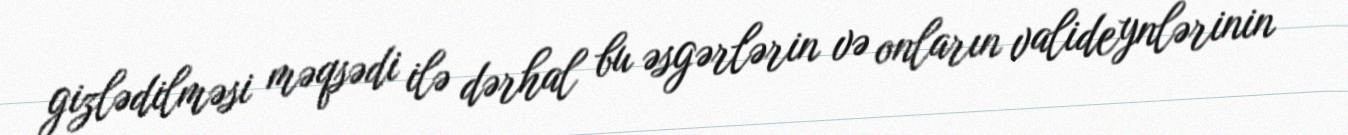
gizlədilməsi məqsədi ilə dərhal bu əsgərlərin və onların valideynlərinin